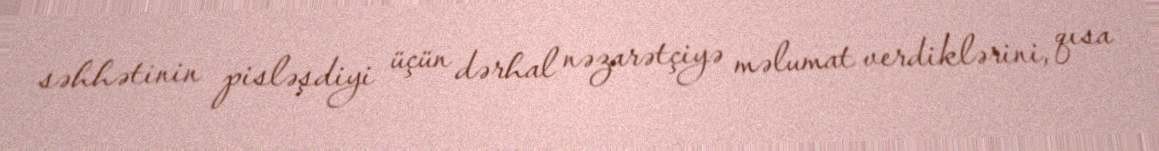
səhhətinin pisləşdiyi üçün dərhal nəzarətçiyə məlumat verdiklərini, qısa